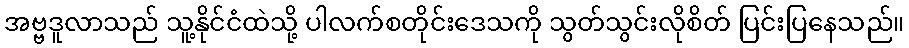
အဗ္ဗဒူလာသည် သူ့နိုင်ငံထဲသို့ ပါလက်စတိုင်းဒေသကို သွတ်သွင်းလိုစိတ် ပြင်းပြနေသည်။